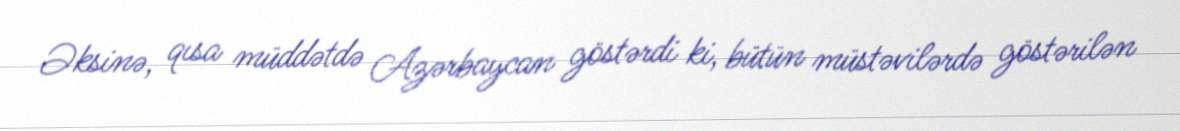
Əksinə, qısa müddətdə Azərbaycan göstərdi ki, bütün müstəvilərdə göstərilən